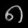
Digit: ၈